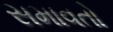
સમાવતો